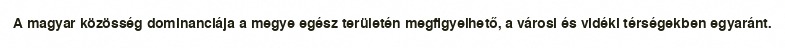
A magyar közösség dominanciája a megye egész területén megfigyelhető, a városi és vidéki térségekben egyaránt.